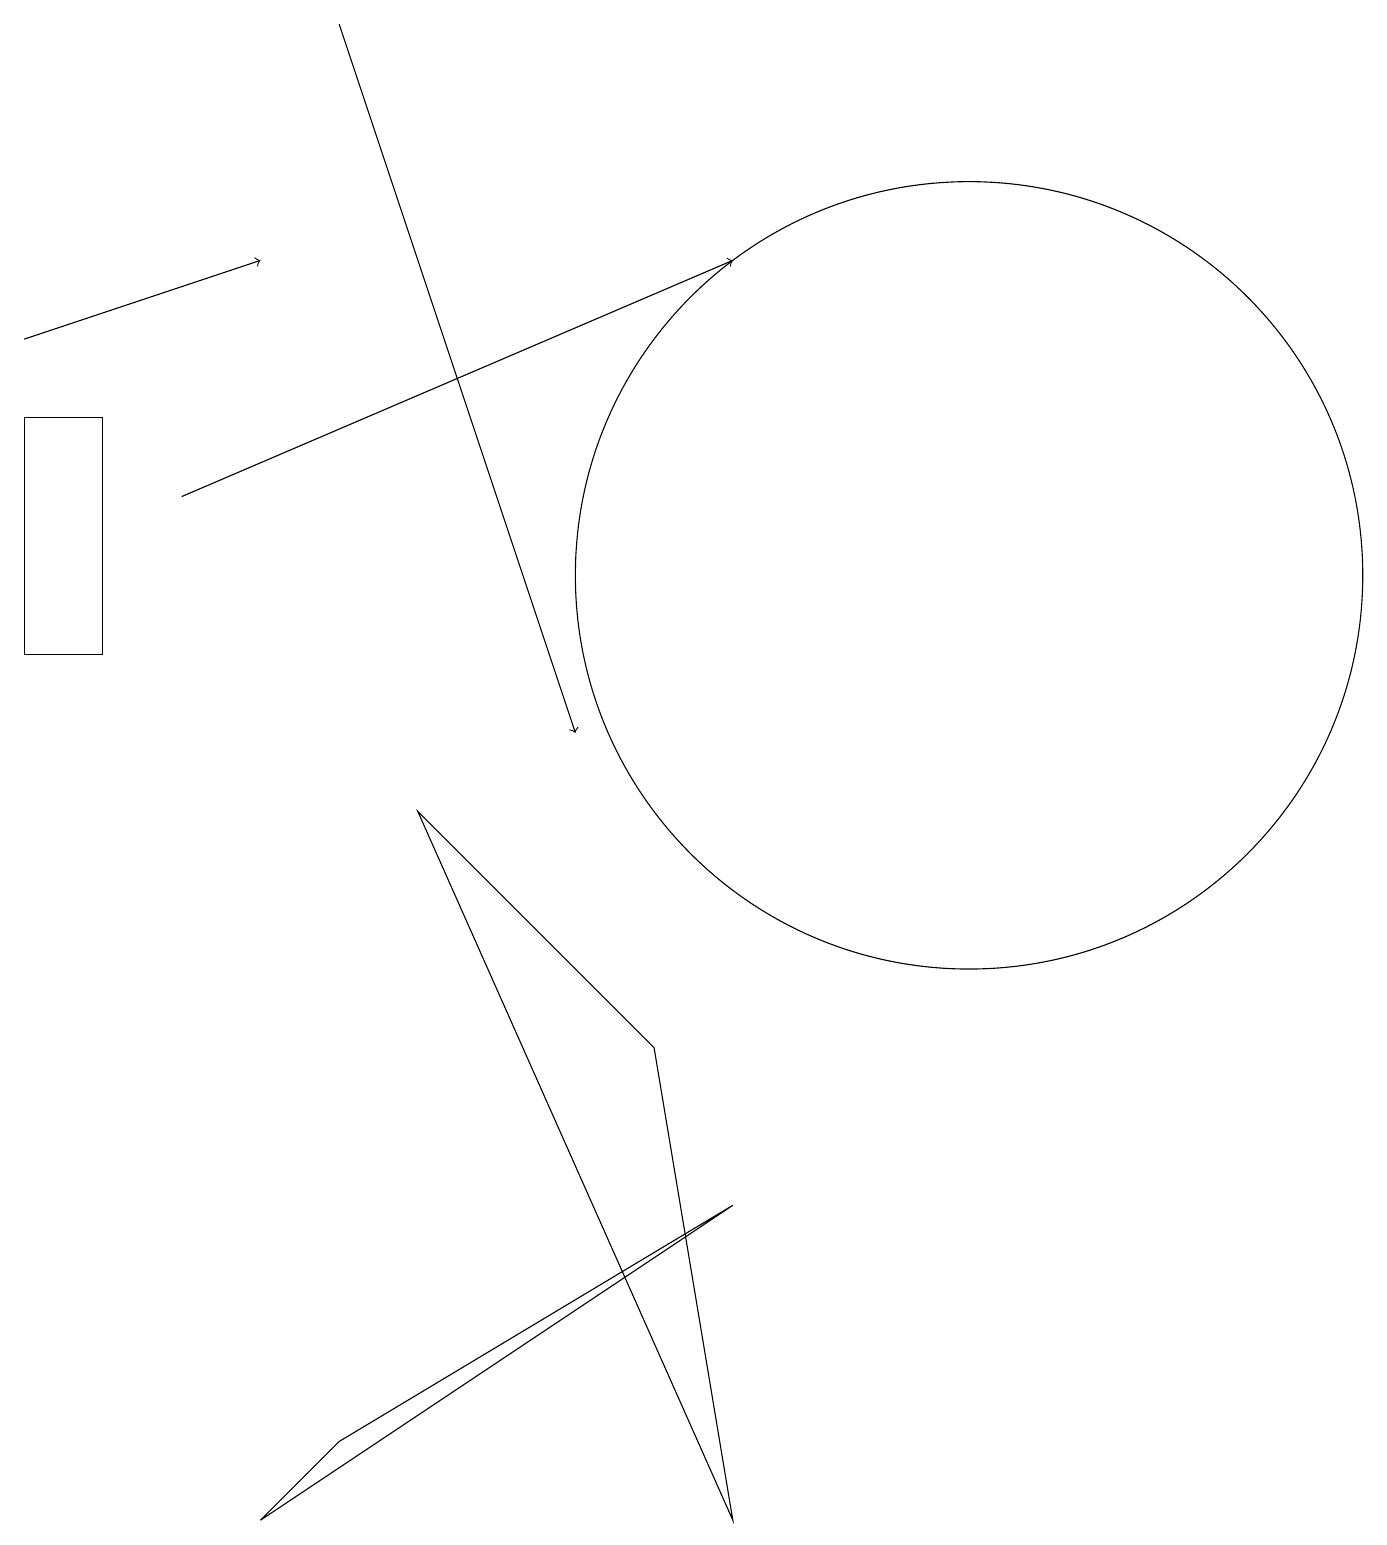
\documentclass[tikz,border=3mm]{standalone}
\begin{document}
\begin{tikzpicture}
\draw (12,12) circle (5);
\draw (5,9) -- (9,0) -- (8,6) -- cycle;
\draw (9,4) -- (3,0) -- (4,1) -- cycle;
\draw[->] (4,19) -- (7,10);
\draw[->] (2,13) -- (9,16);
\draw (0,11) rectangle (1,14);
\draw[->] (0,15) -- (3,16);
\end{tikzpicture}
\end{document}